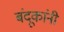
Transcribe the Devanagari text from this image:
बंदूकांनी